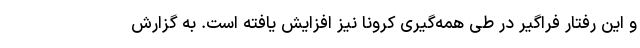
و این رفتار فراگیر در طی همه‌گیری کرونا نیز افزایش یافته است. به گزارش